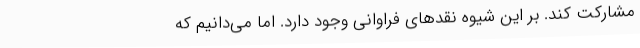
مشارکت کند. بر این شیوه نقدهای فراوانی وجود دارد. اما می‌دانیم که